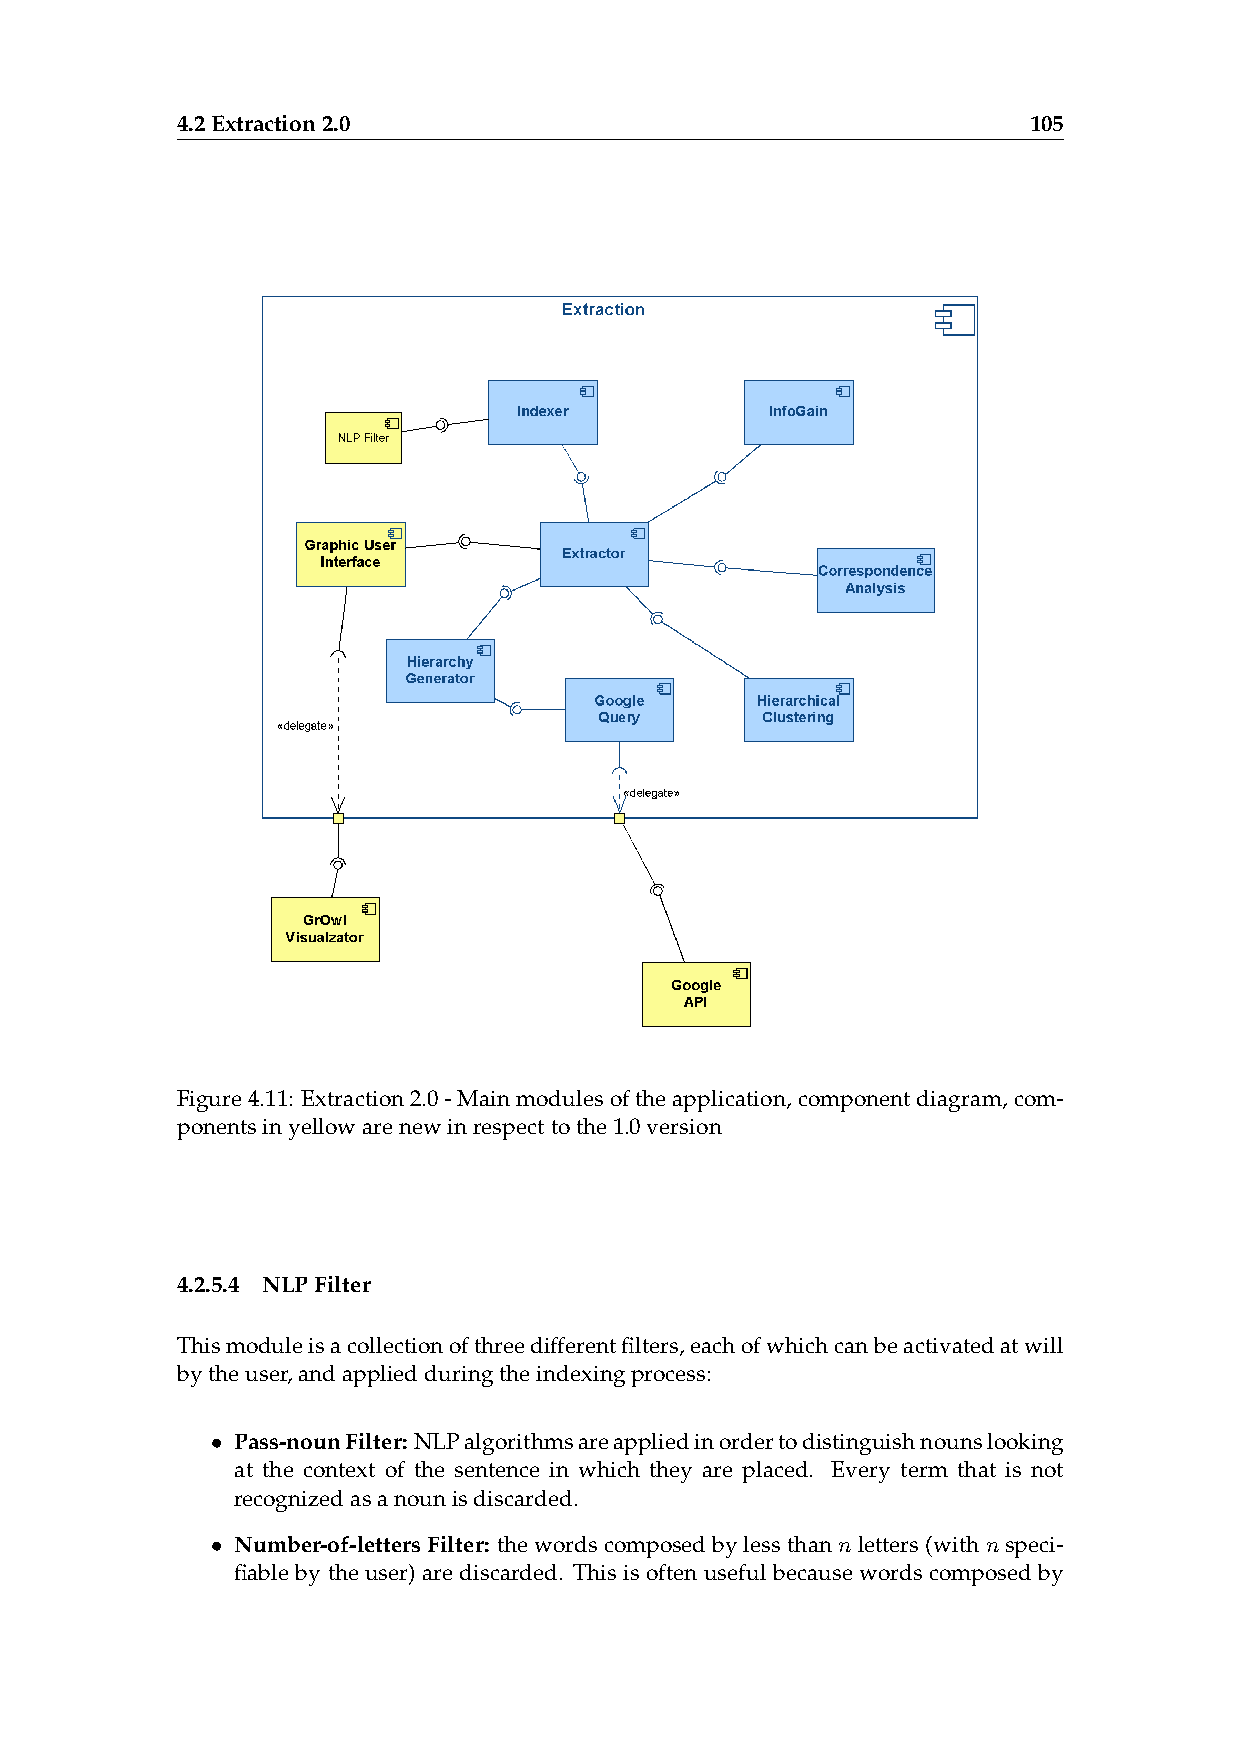
4.2Extraction2.0                                        105
 Figure4.11: Extraction2.0-Mainmodulesoftheapplication,componentdiagram,com-
 ponentsinyellowarenewinrespecttothe1.0version
 4.2.5.4 NLPFilter
 Thismoduleisacollectionofthreedifferentfilters,eachofwhichcanbeactivatedatwill
 bytheuser,andappliedduringtheindexingprocess:
 • Pass-nounFilter: NLPalgorithmsareappliedinordertodistinguishnounslooking
 at the context of the sentence in which they are placed. Every term that is not
 recognizedasanounisdiscarded.
 • Number-of-lettersFilter: thewordscomposedbylessthannletters(withnspeci-
 fiable by the user) are discarded. This is often useful because words composed by